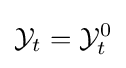
{\cal {Y}}_{t}={\cal {Y}}_{t}^{0}